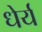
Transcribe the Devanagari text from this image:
धेर्य